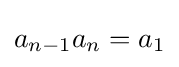
a_{n-1}a_{n}=a_{1}